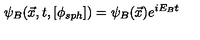
\psi _ { B } ( { \vec { x } } , t , [ \phi _ { s p h } ] ) = \psi _ { B } ( \vec { x } ) e ^ { i E _ { B } t }